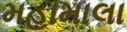
મહામાલા